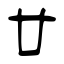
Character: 廿